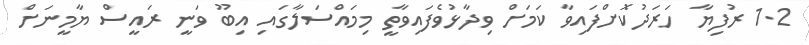
1.2 ރުފިޔާ ހަރަދުކޮށްފައިވާ ކަމަށް ވިދާޅުވެފައިވާތީ މިމައްސަލާގައި އިބޫ ވަނީ ރައީސް ޔާމީނަށް